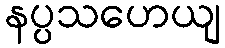
နပ္ပသဟေယျ